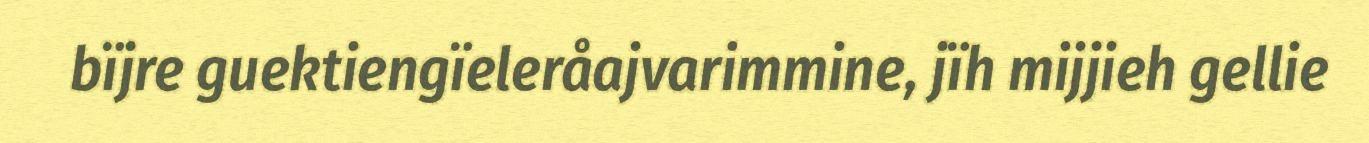
bïjre guektiengïeleråajvarimmine, jïh mijjieh gellie